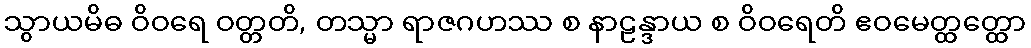
သွာယမိဓ ဝိဝရေ ဝတ္တတိ, တသ္မာ ရာဇဂဟဿ စ နာဠန္ဒာယ စ ဝိဝရေတိ ဧဝမေတ္ထတ္ထော